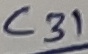
Text: C31